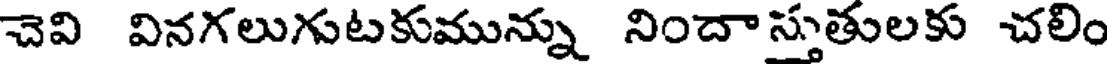
చెవి వినగలుగుటకుమున్ను నిందా స్తుతులకు చలిం